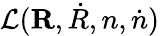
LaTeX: {\cal L}({\mathbf R,{\dot{R}},n,{\dot{n}}})